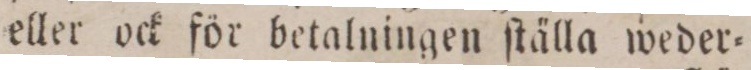
eller ock för betalningen ſtällta weder=